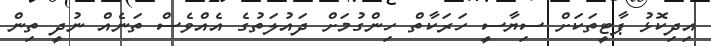
އިދިކޮޅު ޕާޓީތަކަށް ސިޔާސީ ހަރަކާތް ހިންގުމަށް ދައުލަތުގެ އެއްވެސް ތަނެއް ނުދީ ތިން